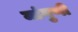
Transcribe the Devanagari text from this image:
मांगुणी